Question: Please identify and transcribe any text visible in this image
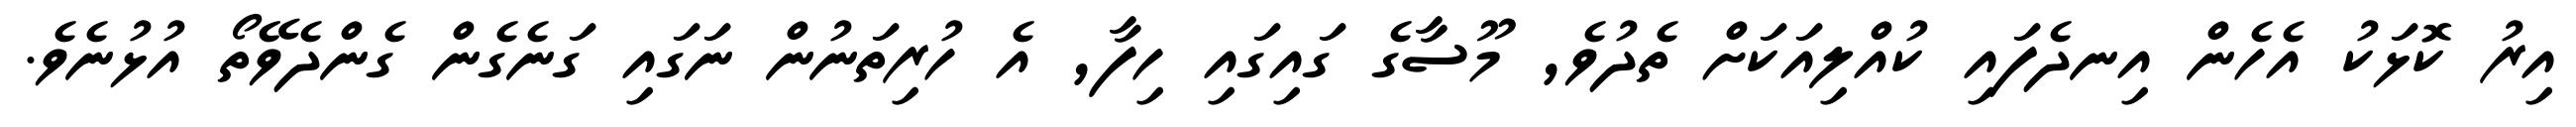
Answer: އިރު ކޮޅަކު އެހެން އިނދެފައި ކުއްލިއަކަށް ތެދުވެ, މޫސާގެ ގައިގައި ހިފާ, އެ ހުރިތަނުން ނަގައި ގަނެގެން ގެންދެވޭތޯ އުޅުނެވެ.